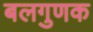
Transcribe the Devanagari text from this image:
बलगुणक